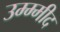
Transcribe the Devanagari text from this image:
उम्म्मीद